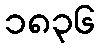
၁၈၃၆